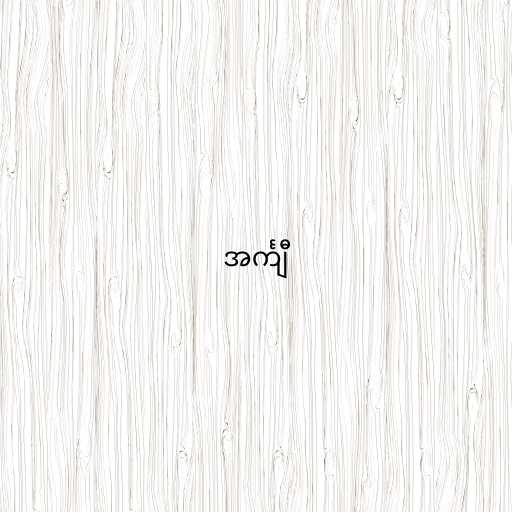
အင်္ကျီ